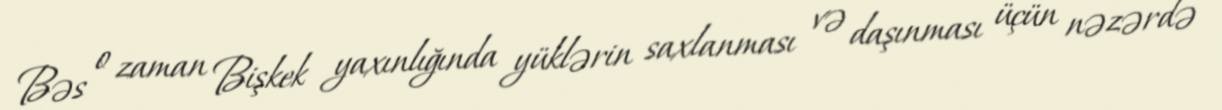
Bəs o zaman Bişkek yaxınlığında yüklərin saxlanması və daşınması üçün nəzərdə